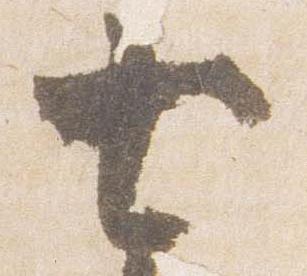
七